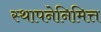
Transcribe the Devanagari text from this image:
स्थापनेनिमित्त